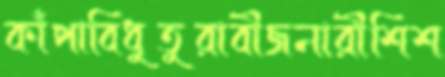
কাঁপাবিধুতুরাবীজনারীশিশ